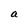
Character: a